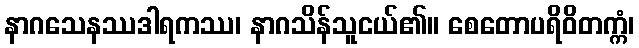
နာဂသေနဿဒါရကဿ၊ နာဂသိန်သူငယ်၏။ စေတောပရိဝိတက္ကံ၊